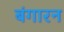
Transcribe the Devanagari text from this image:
बंगारन